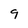
Character: 9